Trukikaitis_Postimees, lk 154
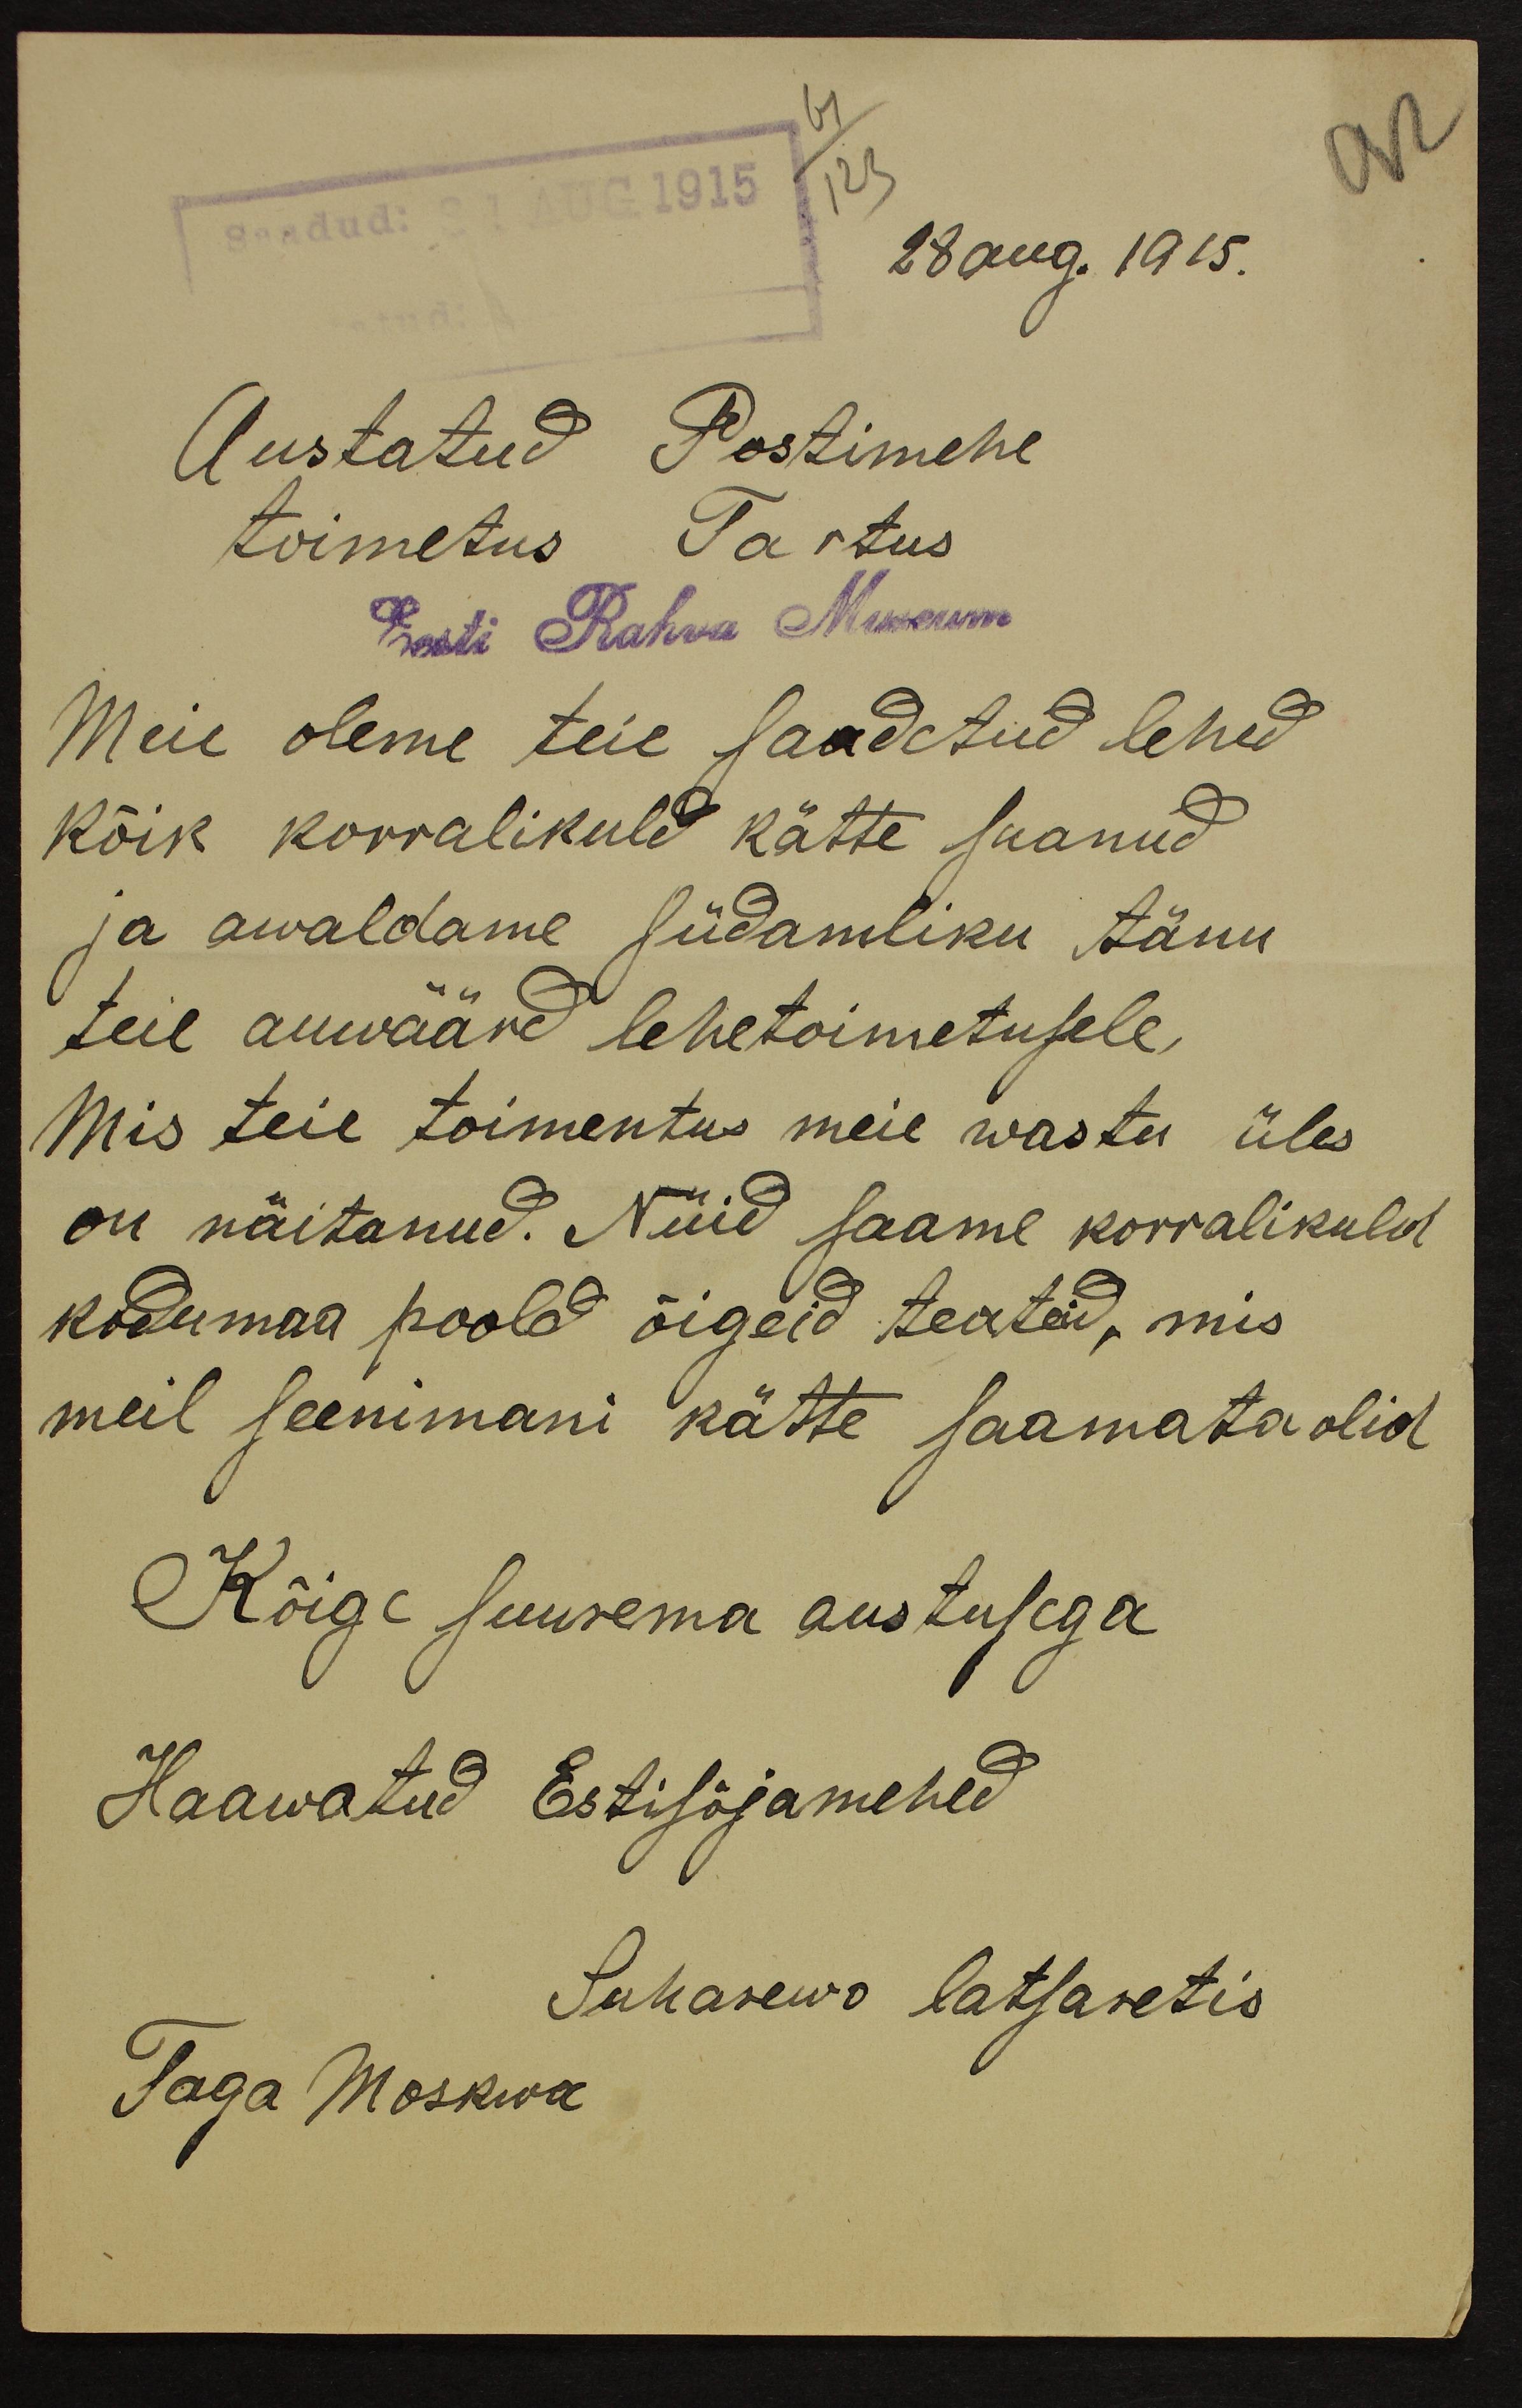
28 aug. 1915.
Austatud Postimehe
toimetus Tartus
Eest Rahva Museum
Meie oleme teie saadetud lehed
kõik korralikuld kätte saanud
ja awaldame südamliku tänu
teie auwäärd lehetoimetusele,
Mis teie toimentus meie wastu üles
on näitanud. Nüid saame korralikuld
kodumaa poold õigeid teateid, mis
meil seenimani kätte saamata olid
Kõige suurema austusega
Haawatud Estisõjamehed
Suharewo latsaretis
Taga Moskwa